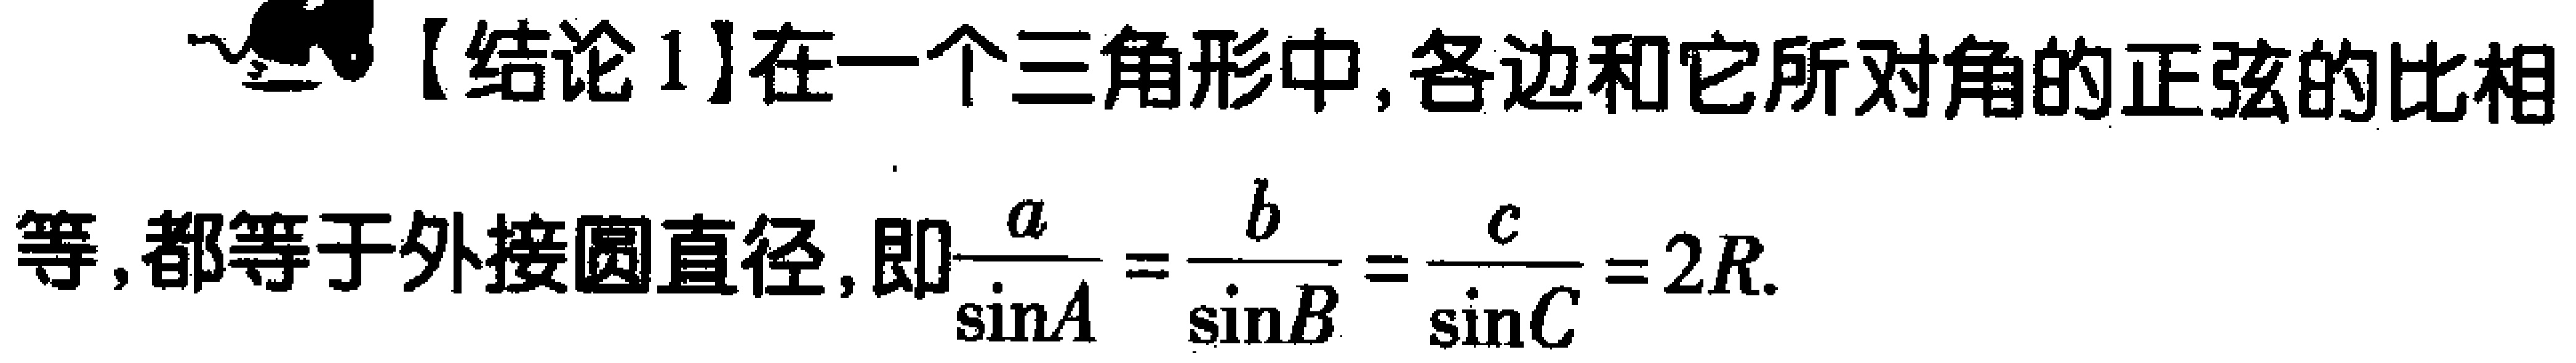
【结论1】在一个三角形中, 各边和它所对角的正弦的比相等, 都等于外接圆直径, 即$\frac{a}{\sin A}=\frac{b}{\sin B}=\frac{c}{\sin C}=2R$.